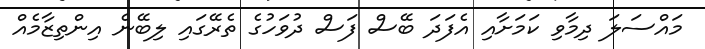
މައްސަލަ ދިމާވި ކަމަށާއި އެފަދަ ބޭސް ފަސް ދުވަހުގެ ތެރޭގައި ލިބޭނެ އިންތިޒާމެއް